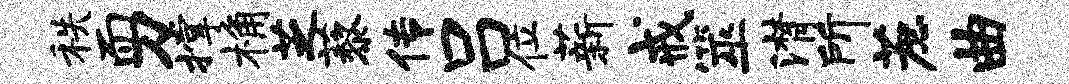
秩而刀撑桷芝藜传吕位薪戒筮潸所蔗曲